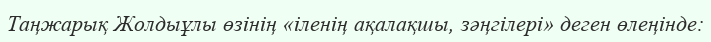
Таңжарық Жолдыұлы өзінің «іленің ақалақшы, зәңгілері» деген өлеңінде: